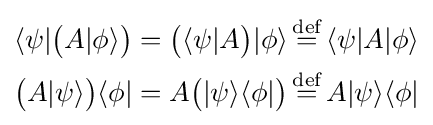
{\begin{aligned}\langle \psi |{\bigl (}A|\phi \rangle {\bigr )}={\bigl (}\langle \psi |A{\bigr )}|\phi \rangle \,&{\stackrel {\text{def}}{=}}\,\langle \psi |A|\phi \rangle \\{\bigl (}A|\psi \rangle {\bigr )}\langle \phi |=A{\bigl (}|\psi \rangle \langle \phi |{\bigr )}\,&{\stackrel {\text{def}}{=}}\,A|\psi \rangle \langle \phi |\end{aligned}}